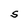
Character: S